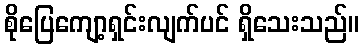
စိုပြေကျော့ရှင်းလျက်ပင် ရှိသေးသည်။